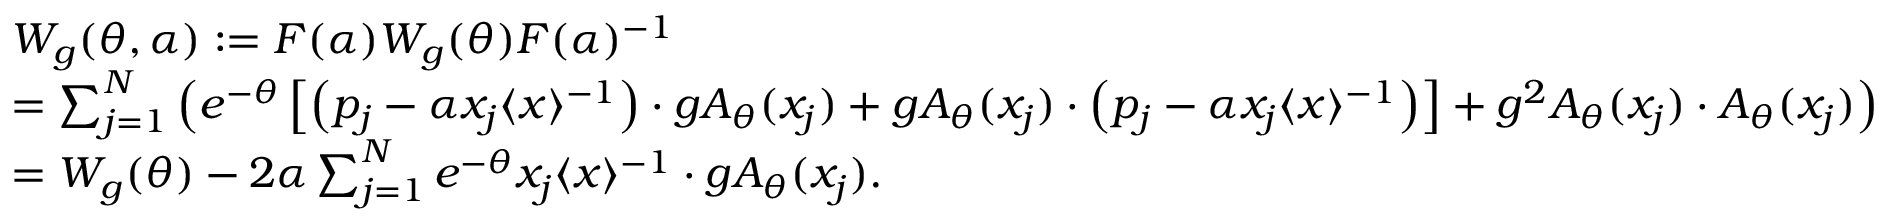
\begin{array} { r l } & { W _ { g } ( \theta , \alpha ) : = F ( \alpha ) W _ { g } ( \theta ) F ( \alpha ) ^ { - 1 } } \\ & { = \sum _ { j = 1 } ^ { N } \left( e ^ { - \theta } \left[ \left( p _ { j } - \alpha x _ { j } \langle x \rangle ^ { - 1 } \right) \cdot g A _ { \theta } ( x _ { j } ) + g A _ { \theta } ( x _ { j } ) \cdot \left( p _ { j } - \alpha x _ { j } \langle x \rangle ^ { - 1 } \right) \right] + g ^ { 2 } A _ { \theta } ( x _ { j } ) \cdot A _ { \theta } ( x _ { j } ) \right) } \\ & { = W _ { g } ( \theta ) - 2 \alpha \sum _ { j = 1 } ^ { N } e ^ { - \theta } x _ { j } \langle x \rangle ^ { - 1 } \cdot g A _ { \theta } ( x _ { j } ) . } \end{array}